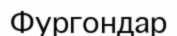
Фургондар